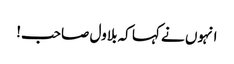
انہوں نے کہا کہ بلاول صاحب!